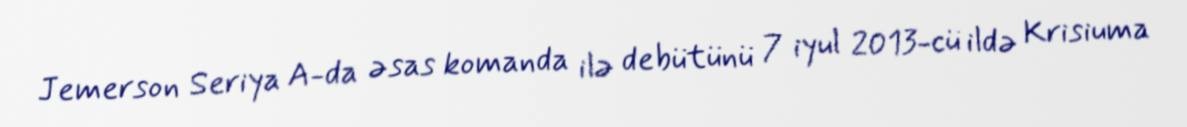
Jemerson Seriya A-da əsas komanda ilə debütünü 7 iyul 2013-cü ildə Krisiuma